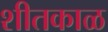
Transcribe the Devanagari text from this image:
शीतकाळ